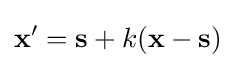
\mathbf {x} '=\mathbf {s} +k(\mathbf {x} -\mathbf {s} )